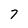
Character: 7